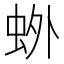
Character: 𫊰